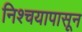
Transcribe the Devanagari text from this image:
निश्चयापासून